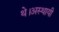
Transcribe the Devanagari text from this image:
थे।अस्थायी